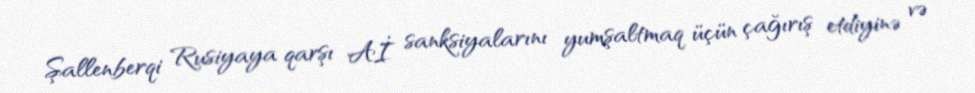
Şallenberqi Rusiyaya qarşı Aİ sanksiyalarını yumşaltmaq üçün çağırış etdiyinə və